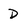
Character: D